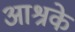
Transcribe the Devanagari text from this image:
आश्रके